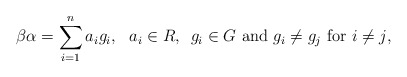
\begin{align*}\beta\alpha=\sum_{i=1}^{n}a_ig_i, \textup{ ~$a_i \in R$, ~$g_i \in G$ and $g_i \neq g_j$ for $i \neq j$,}\end{align*}